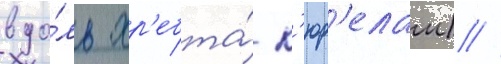
вдо́ль хр'ебта́ к'юр'елам) /